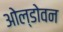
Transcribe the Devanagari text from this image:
ओल्डोवन